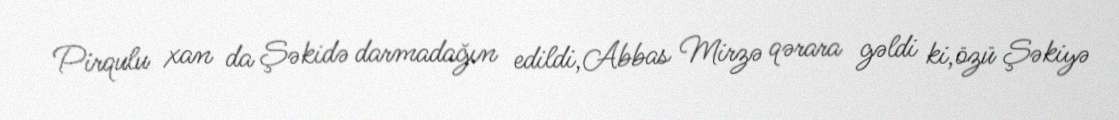
Pirqulu xan da Şəkidə darmadağın edildi,Abbas Mirzə qərara gəldi ki,özü Şəkiyə